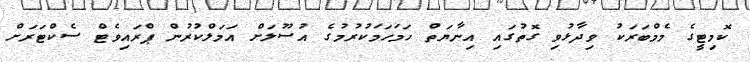
ކޮމިޓީގެ މެމްބަރަކު ވިދާޅުވި ގޮތުގައި އިނާޔަތް ހަމަހަމަކުރުމުގެ އުސޫލަށް އަމަލްކުރުން ޕްރައިވެޓް ސެކްޓަރަށް